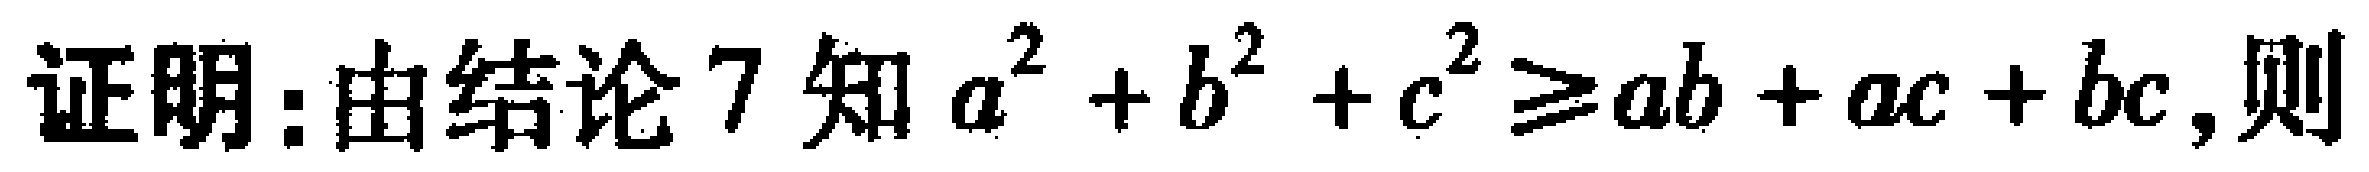
证明：由结论7知\(a^{2}+b^{2}+c^{2}\geq ab + ac + bc\)，则